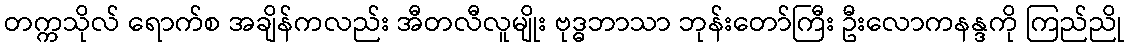
တက္ကသိုလ် ရောက်စ အချိန်ကလည်း အီတလီလူမျိုး ဗုဒ္ဓဘာသာ ဘုန်းတော်ကြီး ဦးလောကနန္ဒကို ကြည်ညို